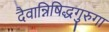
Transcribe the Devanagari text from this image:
दैवान्निषिद्धगुरुगा